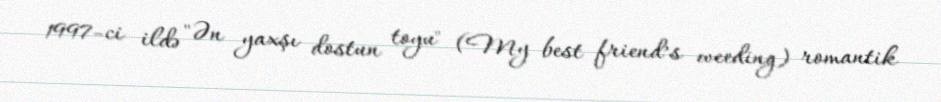
1997-ci ildə "Ən yaxşı dostun toyu" (My best friend’s weeding) romantik